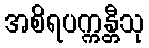
အစိရပက္ကန္တီသု